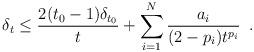
LaTeX: \begin{align*} \delta_{t} \leq \frac{2(t_{0}-1)\delta_{t_{0}}}{t}+\sum_{i=1}^{N}\frac{a_{i}}{(2-p_{i})t^{p_{i}}}\enspace. \end{align*}